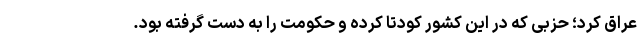
عراق کرد؛ حزبی که در این کشور کودتا کرده و حکومت را به دست گرفته بود.